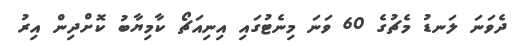
ދެވަނަ ލަަނޑު މެޗުގެ 60 ވަނަ މިނެޓުގައި އިނިއަޗޯ ކާމިޔާބު ކޮށްދިން އިރު